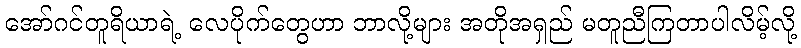
အော်ဂင်တူရိယာရဲ့ လေပိုက်တွေဟာ ဘာလို့များ အတိုအရှည် မတူညီကြတာပါလိမ့်လို့